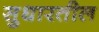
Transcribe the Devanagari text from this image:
सुधारतील